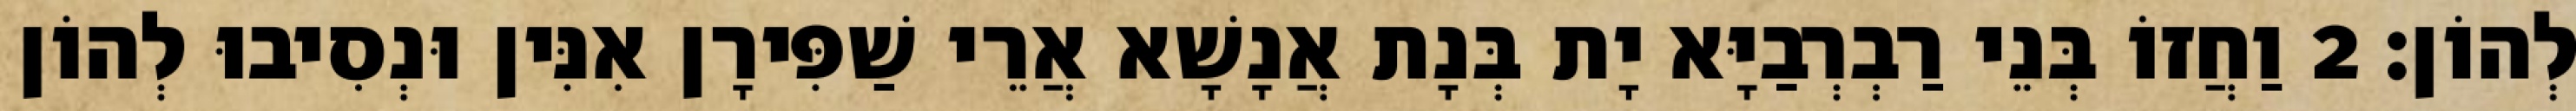
לְהוֹן׃ 2 וַחֲזוֹ בְּנֵי רַבְרְבַיָּא יָת בְּנָת אֲנָשָׁא אֲרֵי שַׁפִּירָן אִנִּין וּנְסִיבוּ לְהוֹן